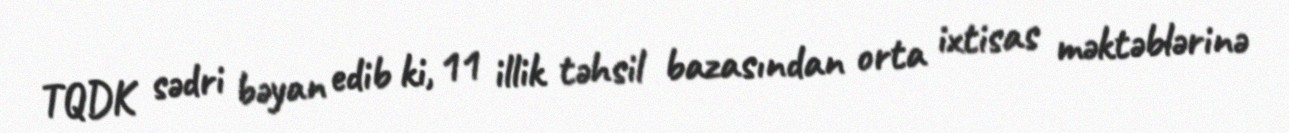
TQDK sədri bəyan edib ki, 11 illik təhsil bazasından orta ixtisas məktəblərinə